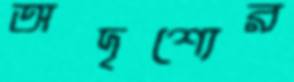
অদৃশ্যের